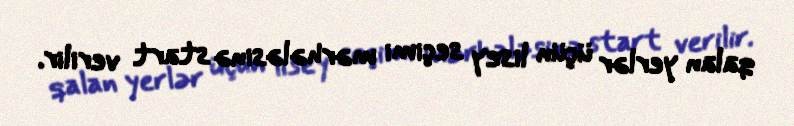
qalan yerlər üçün lisey seçimi mərhələsinə start verilir.